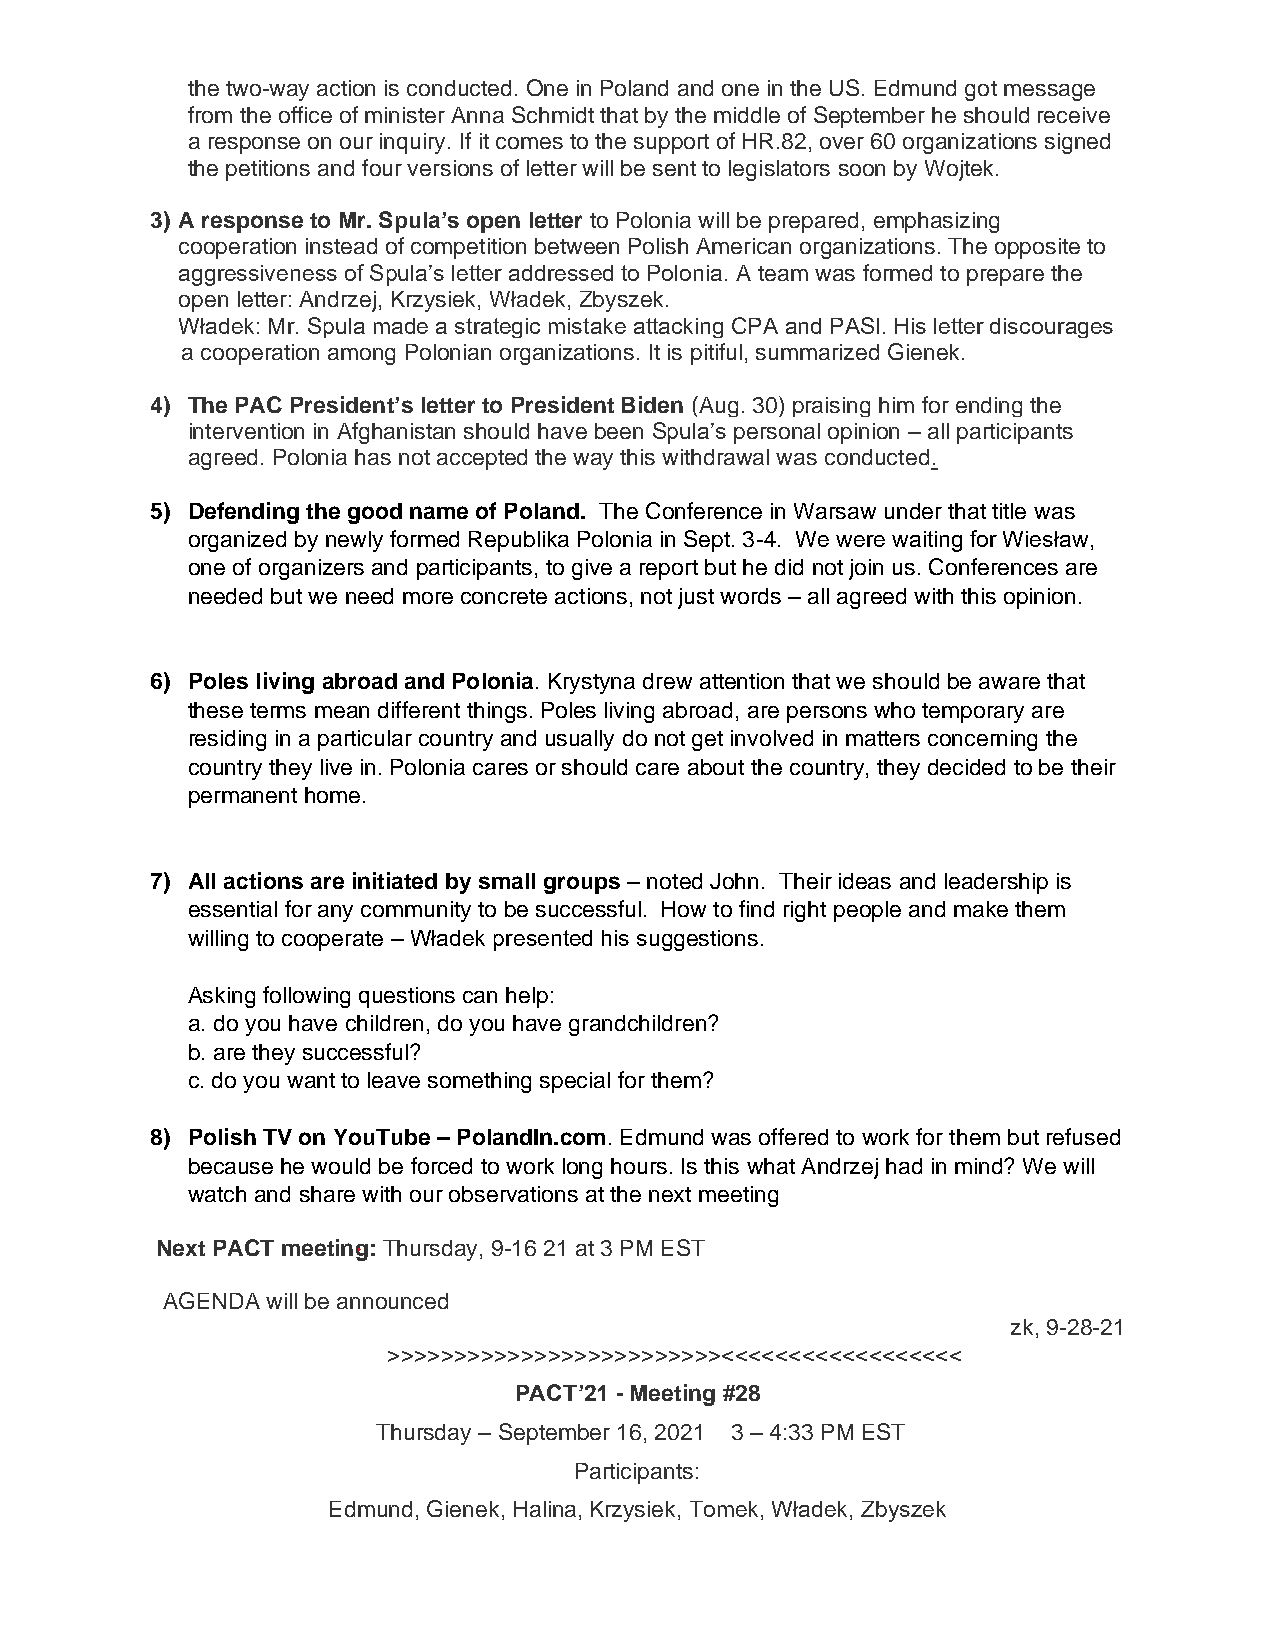
the two-way action is conducted. One in Poland and one in the US. Edmund got message
 from the office of minister Anna Schmidt that by the middle of September he should receive
 a response on our inquiry. If it comes to the support of HR.82, over 60 organizations signed
 the petitions and four versions of letter will be sent to legislators soon by Wojtek.
 3) A response to Mr. Spula’s open letter to Polonia will be prepared, emphasizing
 cooperation instead of competition between Polish American organizations. The opposite to
 aggressiveness of Spula’s letter addressed to Polonia. A team was formed to prepare the
 open letter: Andrzej, Krzysiek, Władek, Zbyszek.
 Władek: Mr. Spula made a strategic mistake attacking CPA and PASI. His letter discourages
 a cooperation among Polonian organizations. It is pitiful, summarized Gienek.
 4) The PAC President’s letter to President Biden (Aug. 30) praising him for ending the
 intervention in Afghanistan should have been Spula’s personal opinion – all participants
 agreed. Polonia has not accepted the way this withdrawal was conducted.
 5) Defending the good name of Poland. The Conference in Warsaw under that title was
 organized by newly formed Republika Polonia in Sept. 3-4. We were waiting for Wiesław,
 one of organizers and participants, to give a report but he did not join us. Conferences are
 needed but we need more concrete actions, not just words – all agreed with this opinion.
 6) Poles living abroad and Polonia. Krystyna drew attention that we should be aware that
 these terms mean different things. Poles living abroad, are persons who temporary are
 residing in a particular country and usually do not get involved in matters concerning the
 country they live in. Polonia cares or should care about the country, they decided to be their
 permanent home.
 7) All actions are initiated by small groups – noted John. Their ideas and leadership is
 essential for any community to be successful. How to find right people and make them
 willing to cooperate – Władek presented his suggestions.
 Asking following questions can help:
 a. do you have children, do you have grandchildren?
 b. are they successful?
 c. do you want to leave something special for them?
 8) Polish TV on YouTube – PolandIn.com. Edmund was offered to work for them but refused
 because he would be forced to work long hours. Is this what Andrzej had in mind? We will
 watch and share with our observations at the next meeting
 Next PACT meeting: Thursday, 9-16 21 at 3 PM EST
 AGENDA will be announced
 zk, 9-28-21
 >>>>>>>>>>>>>>>>>>>>>>>>><<<<<<<<<<<<<<<<<<
 PACT’21 - Meeting #28
 Thursday – September 16, 2021 3 – 4:33 PM EST
 Participants:
 Edmund, Gienek, Halina, Krzysiek, Tomek, Władek, Zbyszek